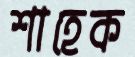
শাহেক